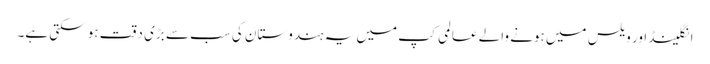
انگلینڈ اور ویلس میں ہونے والے عالمی کپ میں یہ ہندوستان کی سب سے بڑی دقت ہو سکتی ہے۔